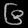
Digit: ၆